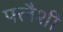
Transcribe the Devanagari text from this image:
फ्लैशी